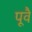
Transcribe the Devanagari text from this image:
पूवै